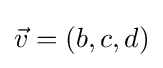
{\vec {v}}=(b,c,d)